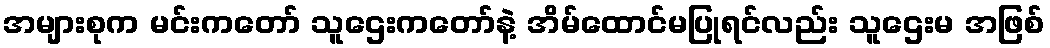
အများစုက မင်းကတော် သူဌေးကတော်နဲ့ အိမ်ထောင်မပြုရင်လည်း သူဌေးမ အဖြစ်